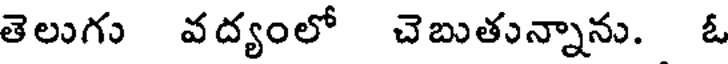
తెలుగు వద్యంలో చెబుతున్నాను. ఓ